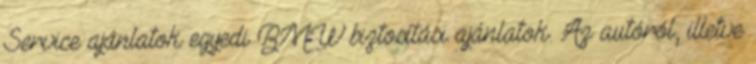
Service ajánlatok egyedi BMW biztosítási ajánlatok. Az autóról, illetve